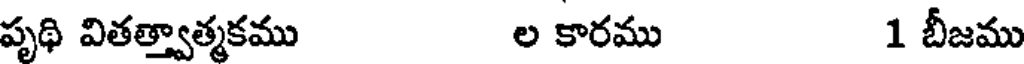
పృథి వితత్త్వాత్మకము ల కారము 1 బీజము